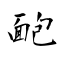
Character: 靤